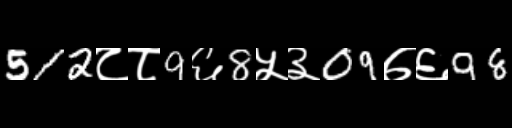
Text: 512८८9६8५३09७६98